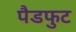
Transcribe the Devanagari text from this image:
पैडफुट